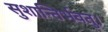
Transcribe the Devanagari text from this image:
सुशान्तिर्भवतु।